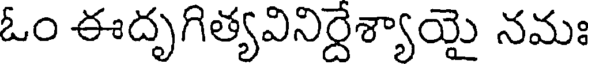
ఓం ఈదృగిత్యవినిర్దేశ్యాయై నమః